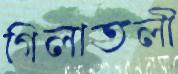
গিলাতলী